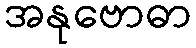
အနုဗောဓာ